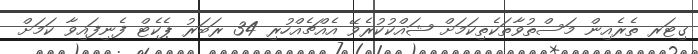
ގިޓަރ ތެރެއިން މަސްތުވާތަކެތިކަމަށް ޝައްކުކުރެވޭ އެއްޗެއްހުރި 34 ރަބަރު ޕެކެޓް ފެނިފައިވާ ކަމަށް